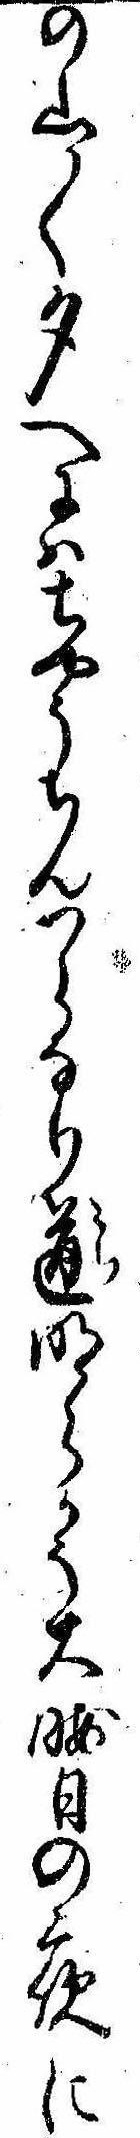
の山〱夕へにはちやうちんつらなり道明らかに大晦日の夜に